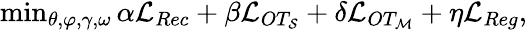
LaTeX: \begin{array}{r}{\operatorname*{min}_{\theta,\varphi,\gamma,\omega}\alpha\mathcal{L}_{Rec}+\beta\mathcal{L}_{OT_{\mathcal{S}}}+\delta\mathcal{L}_{OT_{\mathcal{M}}}+\eta\mathcal{L}_{Reg},}\end{array}